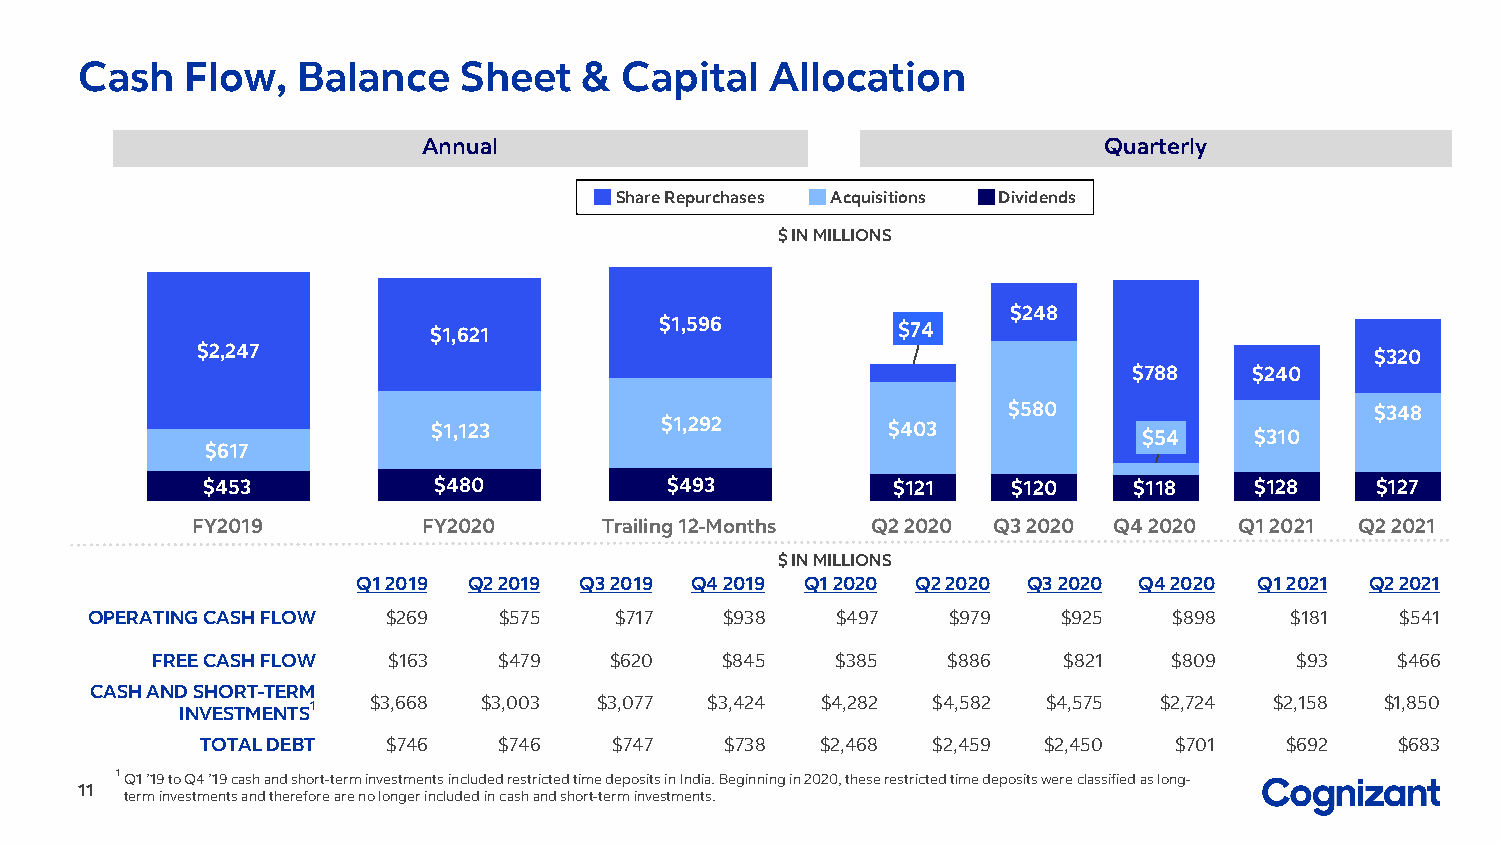
Cash   Flow,   Balance   Sheet    & Capital   Allocation
 Annual                                       Quarterly
 Share Repurchases Acquisitions Dividends
 $ IN MILLIONS
 $248
 $1,621          $1,596         $ 74
 $2,247                                                                        $320
 $788    $240
 $580                    $348
 $1,123         $1,292         $403             $ 54   $310
 $617
 $453            $480           $493           $121    $120    $118    $128    $127
 FY2019         FY2020      Trailing 12-Months Q2 2020 Q3 2020 Q4 2020 Q1 2021 Q2 2021
 $ IN MILLIONS
 Q1 2019 Q2 2019 Q3 2019 Q4 2019 Q1 2020 Q2 2020 Q3 2020 Q4 2020 Q1 2021 Q2 2021
 OPERATING CASH FLOW $269   $575    $717   $938   $497    $979   $925    $898   $181    $541
 FREE CASH FLOW  $163   $479   $620    $845   $385    $886   $821    $809    $93   $466
 CASH AND SHORT-TERM
 $3,668 $3,003  $3,077 $3,424 $4,282  $4,582 $4,575  $2,724 $2,158  $1,850
 INVESTMENTS1
 TOTAL DEBT   $746   $746    $747   $738  $2,468  $2,459 $2,450   $701   $692    $683
 1 Q1 ’19 to Q4 ’19 cash and short-term investments included restricted time deposits in India. Beginning in 2020, these restricted time deposits were classified as long-
 11
 term investments and therefore are no longer included in cash and short-term investments.